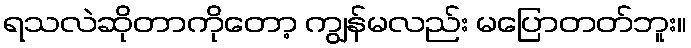
ရသလဲဆိုတာကိုတော့ ကျွန်မလည်း မပြောတတ်ဘူး။